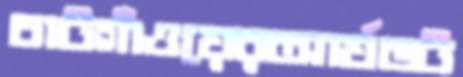
চাটগাঁওয়েরআর্যভট